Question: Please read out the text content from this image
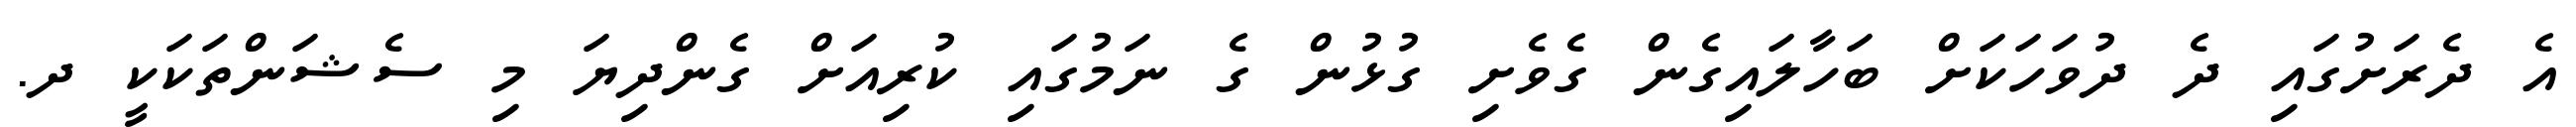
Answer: އެ ދެރަށުގައި ދެ ދުވަހަކަށް ބަހާލައިގެން ގެވެށި ގުޅުން ގެ ނަމުގައި ކުރިއަށް ގެންދިޔަ މި ސެޝަންތަކަކީ ދ.